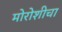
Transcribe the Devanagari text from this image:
मोरोशीचा